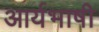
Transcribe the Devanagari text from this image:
आर्यभाषी